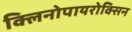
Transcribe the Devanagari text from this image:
क्लिनोपायरोक्सिन